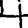
Digit: 4